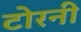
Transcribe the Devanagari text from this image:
टोरनी